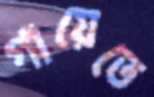
গায়েতে